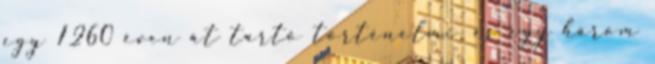
egy 1260 éven át tartó történelmi, és egy három